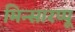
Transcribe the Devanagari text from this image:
मिन्सारप्पू